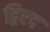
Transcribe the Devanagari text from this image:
द्विरद